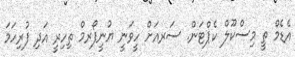
އެޑެމް ތީ މިސްކޫލް ކެޕްޓަން. ސަރއަށް ހީވަނީ ޔުނީފޯރމް ތިހިރީ އަދި ފުރިހަމަ